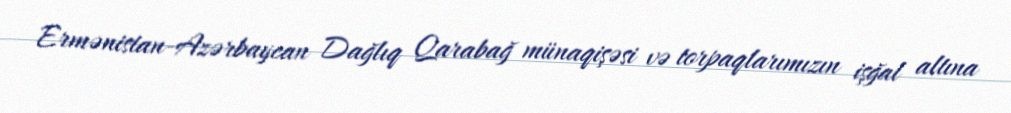
Ermənistan-Azərbaycan Dağlıq Qarabağ münaqişəsi və torpaqlarımızın işğal altına